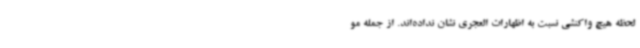
لحظه هیچ واکنشی نسبت به اظهارات العجری نشان نداده‌اند. از جمله مو